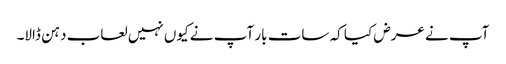
آپ نے عرض کیا کہ سات بار آپ نے کیوں نہیں لعاب دہن ڈالا۔